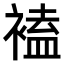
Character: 𧛾